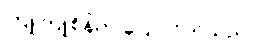
ကြူကြူစိန်က ပြောလိုက်သည်။